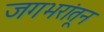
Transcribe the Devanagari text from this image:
जगभरांतून